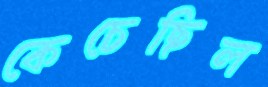
কেচেছিল